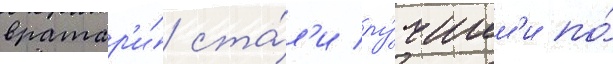
вратар'и́ ста́л'и лу́чшим'и по́